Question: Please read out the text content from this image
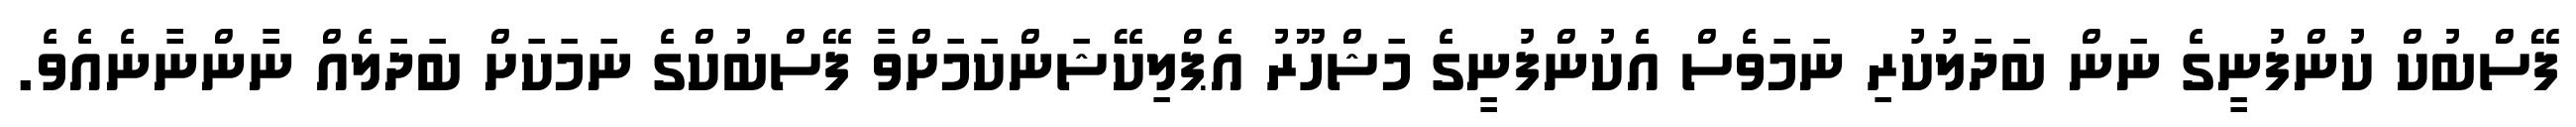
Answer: ފޭސްބުކް ކުންފުނީގެ ނަން ބަދަލުކުރި ނަމަވެސް އެކުންފުނީގެ މަޝްހޫރު އެޕްލިކޭޝަންކަމަށްވާ ފޭސްބުކްގެ ނަމަކަށް ބަދަލެއް ނާންނާނެއެވެ.